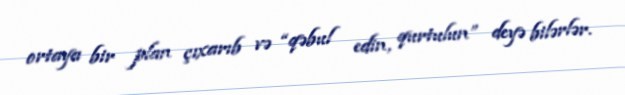
ortaya bir plan çıxarıb və “qəbul edin, qurtulun” deyə bilərlər.